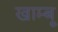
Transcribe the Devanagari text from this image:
खाम्बू